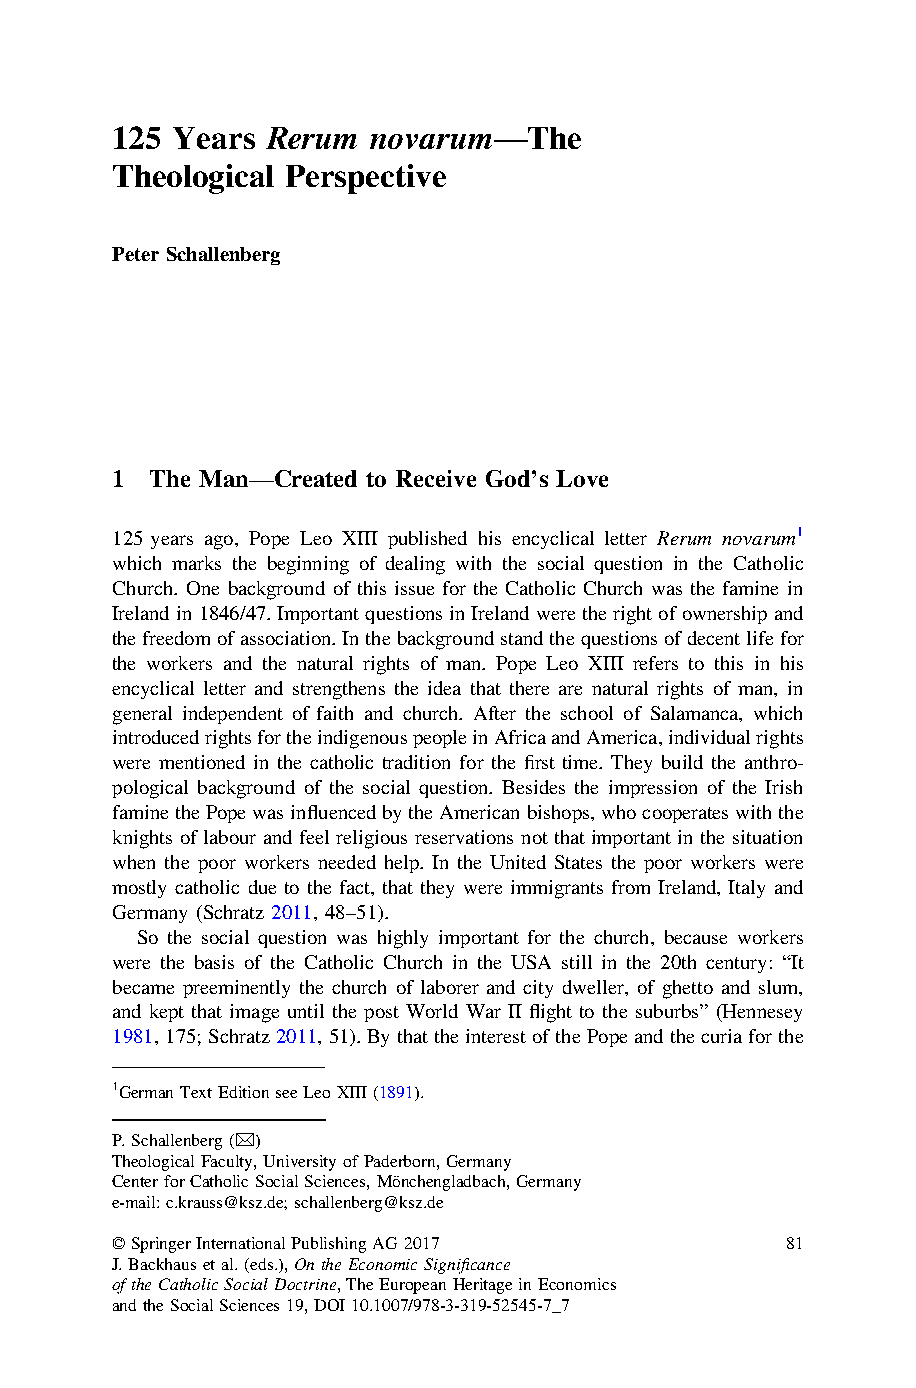
Rerum  novarum—
 125 Years                   The
 Theological Perspective
 Peter Schallenberg
 1  The Man—Created to Receive God’s Love
 125 years ago, Pope Leo XIII published his encyclical letter Rerum novarum1
 which marks the beginning of dealing with the social question in the Catholic
 Church. One background of this issue for the Catholic Church was the famine in
 Ireland in1846/47.Importantquestions inIrelandwere theright ofownershipand
 thefreedomofassociation.Inthebackgroundstandthequestionsofdecentlifefor
 the workers and the natural rights of man. Pope Leo XIII refers to this in his
 encyclical letter and strengthens the idea that there are natural rights of man, in
 general independent of faith and church. After the school of Salamanca, which
 introducedrightsfortheindigenouspeopleinAfricaandAmerica,individualrights
 were mentioned in the catholic tradition for the first time. They build the anthro-
 pological background of the social question. Besides the impression of the Irish
 faminethePopewasinfluencedbytheAmericanbishops,whocooperateswiththe
 knights of labour and feel religious reservations not that important in the situation
 when the poor workers needed help. In the United States the poor workers were
 mostly catholic due to the fact, that they were immigrants from Ireland, Italy and
 Germany (Schratz 2011, 48–51).
 So the social question was highly important for the church, because workers
 were the basis of the Catholic Church in the USA still in the 20th century: “It
 became preeminently the church of laborer and city dweller, of ghetto and slum,
 and kept that image until the post World War II flight to the suburbs” (Hennesey
 1981,175;Schratz2011,51).Bythattheinterest ofthePopeandthecuriaforthe
 1GermanTextEditionseeLeoXIII(1891).
 P.Schallenberg(&)
 TheologicalFaculty,UniversityofPaderborn,Germany
 CenterforCatholicSocialSciences,Mönchengladbach,Germany
 e-mail:c.krauss@ksz.de;schallenberg@ksz.de
 ©SpringerInternationalPublishingAG2017       81
 J.Backhausetal.(eds.),OntheEconomicSignificance
 oftheCatholicSocialDoctrine,TheEuropeanHeritageinEconomics
 andtheSocialSciences19,DOI10.1007/978-3-319-52545-7_7